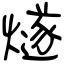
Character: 燧